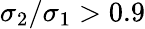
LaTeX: \sigma_{2}/\sigma_{1}>0.9